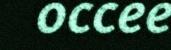
occee